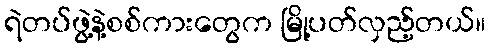
ရဲတပ်ဖွဲ့နဲ့စစ်ကားတွေက မြို့ပတ်လှည့်တယ်။